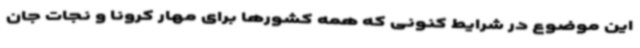
این موضوع در شرایط کنونی که همه کشورها برای مهار کرونا و نجات جان